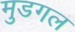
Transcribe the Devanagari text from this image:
मुडगल